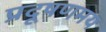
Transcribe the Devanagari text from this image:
प्रदूषणमय